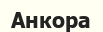
Анкора